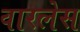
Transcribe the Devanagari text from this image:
वारलेस